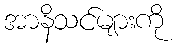
အာနိသင်များကို